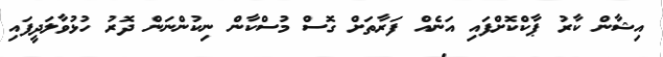
އިޝާން ކާރު ޕާކްކޮށްފައި އަނެއް ފަރާތަށް ގޮސް މުސްކާން ނިކުންނަން ދޮރު ހުޅުވާލަދީފައި